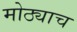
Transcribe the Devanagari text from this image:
मोठ्याच